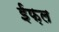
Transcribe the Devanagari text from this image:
ईफ़ल